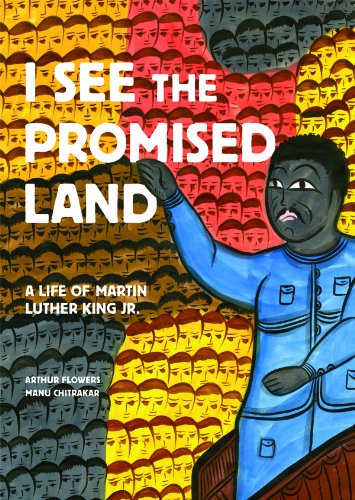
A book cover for I See the Promised Land: A Life of Martin Luther King Jr.; Arthur Flowers; Teen & Young Adult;